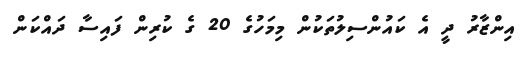
އިންޒާރު ދީ އެ ކައުންސިލުތަކުން މިމަހުގެ 20 ގެ ކުރިން ފައިސާ ދައްކަން